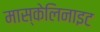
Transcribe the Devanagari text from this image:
मास्केलिनाइट